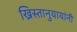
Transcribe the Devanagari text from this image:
ख्रिस्तानुयायांनी